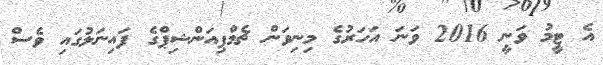
އެ ޓީމު ވަނީ 2016 ވަނަ އަހަރުގެ މިނިވަން ޗެމްޕިއަންޝިޕްގެ ފައިނަލުގައި ވެސް